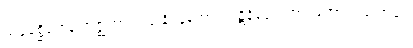
သုခုမစ္ဆိကေန အဇ္ဈဘာသိံသု နိပန္နကောဝ ပဋိနိဒ္ဒေသဘာဝတော သတောပေ